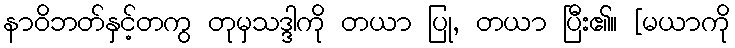
နာဝိဘတ်နှင့်တကွ တုမှသဒ္ဒါကို တယာ ပြု, တယာ ပြီး၏။ [မယာကို